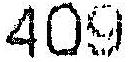
409